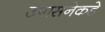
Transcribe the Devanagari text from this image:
उपासनेकडे